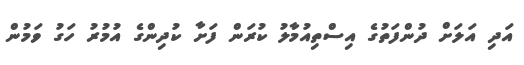
އަދި އަލަށް ދުންފަތުގެ އިސްތިއުމާލު ކުރަން ފަށާ ކުދިންގެ އުމުރު ހަގު ވަމުން